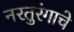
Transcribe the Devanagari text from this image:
नरतुरंगाचे